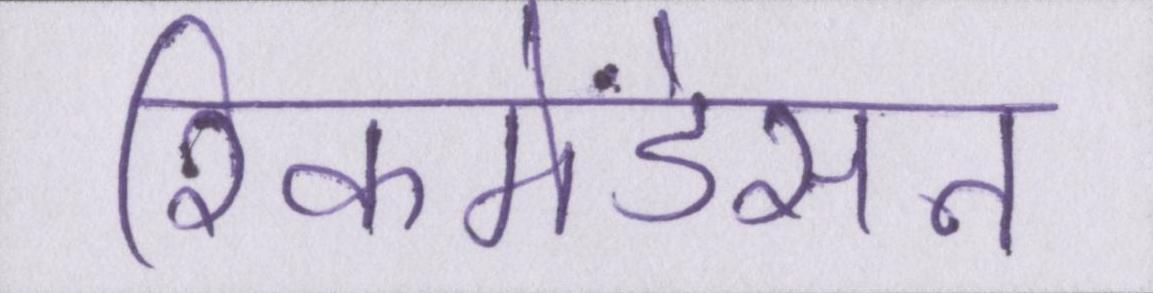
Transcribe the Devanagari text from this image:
रिकमेंडेसन